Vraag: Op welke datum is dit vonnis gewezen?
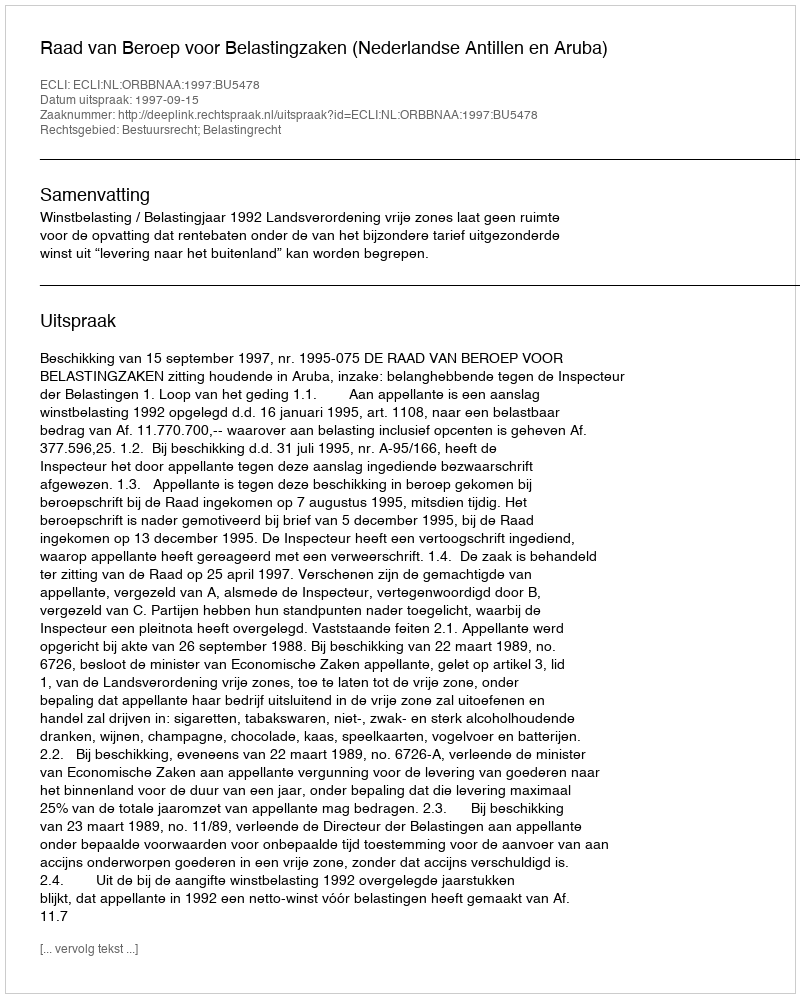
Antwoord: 1997-09-15